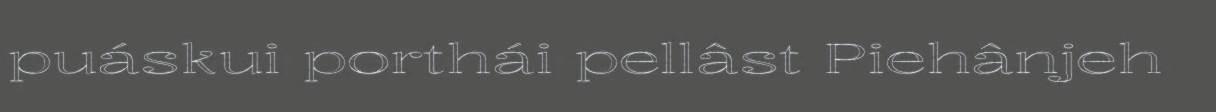
puáskui porthái pellâst Piehânjeh